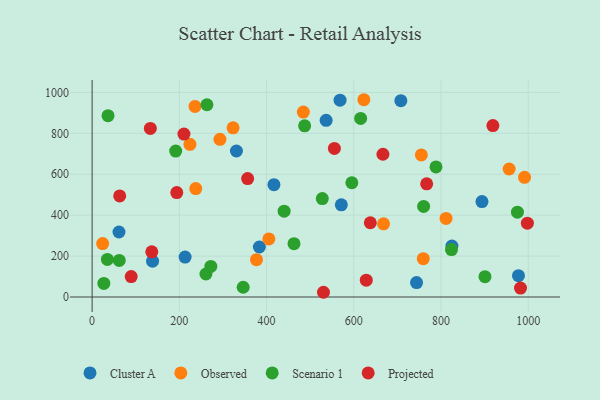
{"axis": {"x": "Ad Spend", "y": "Fuel Efficiency"}, "legend": ["Cluster A", "Observed", "Projected", "Scenario 1"], "data": [{"x": "977.6", "y": 104.4, "type": "Cluster A"}, {"x": "825.0", "y": 248.9, "type": "Cluster A"}, {"x": "138.6", "y": 174.9, "type": "Cluster A"}, {"x": "213.2", "y": 195.2, "type": "Cluster A"}, {"x": "383.5", "y": 244.5, "type": "Cluster A"}, {"x": "568.5", "y": 962.0, "type": "Cluster A"}, {"x": "330.9", "y": 713.6, "type": "Cluster A"}, {"x": "893.9", "y": 466.4, "type": "Cluster A"}, {"x": "707.9", "y": 959.4, "type": "Cluster A"}, {"x": "416.9", "y": 549.1, "type": "Cluster A"}, {"x": "743.9", "y": 70.7, "type": "Cluster A"}, {"x": "61.6", "y": 317.7, "type": "Cluster A"}, {"x": "536.6", "y": 863.3, "type": "Cluster A"}, {"x": "571.4", "y": 450.4, "type": "Cluster A"}, {"x": "224.3", "y": 746.0, "type": "Observed"}, {"x": "956.2", "y": 625.7, "type": "Observed"}, {"x": "991.5", "y": 584.9, "type": "Observed"}, {"x": "405.3", "y": 284.0, "type": "Observed"}, {"x": "235.9", "y": 931.4, "type": "Observed"}, {"x": "754.9", "y": 694.5, "type": "Observed"}, {"x": "237.6", "y": 529.7, "type": "Observed"}, {"x": "759.3", "y": 187.5, "type": "Observed"}, {"x": "668.2", "y": 357.6, "type": "Observed"}, {"x": "376.9", "y": 182.3, "type": "Observed"}, {"x": "811.5", "y": 384.0, "type": "Observed"}, {"x": "293.1", "y": 770.8, "type": "Observed"}, {"x": "323.2", "y": 827.1, "type": "Observed"}, {"x": "24.1", "y": 261.3, "type": "Observed"}, {"x": "623.1", "y": 964.2, "type": "Observed"}, {"x": "484.3", "y": 903.6, "type": "Observed"}, {"x": "440.3", "y": 419.3, "type": "Scenario 1"}, {"x": "760.1", "y": 442.6, "type": "Scenario 1"}, {"x": "527.8", "y": 481.3, "type": "Scenario 1"}, {"x": "261.0", "y": 112.3, "type": "Scenario 1"}, {"x": "36.5", "y": 886.2, "type": "Scenario 1"}, {"x": "487.3", "y": 836.8, "type": "Scenario 1"}, {"x": "462.9", "y": 260.6, "type": "Scenario 1"}, {"x": "346.4", "y": 47.7, "type": "Scenario 1"}, {"x": "900.8", "y": 99.5, "type": "Scenario 1"}, {"x": "26.9", "y": 66.4, "type": "Scenario 1"}, {"x": "788.5", "y": 635.7, "type": "Scenario 1"}, {"x": "35.0", "y": 183.9, "type": "Scenario 1"}, {"x": "975.2", "y": 414.6, "type": "Scenario 1"}, {"x": "263.3", "y": 939.7, "type": "Scenario 1"}, {"x": "62.2", "y": 178.9, "type": "Scenario 1"}, {"x": "615.7", "y": 873.0, "type": "Scenario 1"}, {"x": "272.2", "y": 149.4, "type": "Scenario 1"}, {"x": "595.5", "y": 558.3, "type": "Scenario 1"}, {"x": "191.6", "y": 713.3, "type": "Scenario 1"}, {"x": "824.0", "y": 231.6, "type": "Scenario 1"}, {"x": "555.5", "y": 726.2, "type": "Projected"}, {"x": "356.6", "y": 578.8, "type": "Projected"}, {"x": "136.8", "y": 220.9, "type": "Projected"}, {"x": "530.5", "y": 23.1, "type": "Projected"}, {"x": "63.2", "y": 494.0, "type": "Projected"}, {"x": "133.5", "y": 823.7, "type": "Projected"}, {"x": "998.0", "y": 361.0, "type": "Projected"}, {"x": "194.1", "y": 510.4, "type": "Projected"}, {"x": "89.6", "y": 99.7, "type": "Projected"}, {"x": "918.9", "y": 837.7, "type": "Projected"}, {"x": "666.8", "y": 697.8, "type": "Projected"}, {"x": "767.1", "y": 553.1, "type": "Projected"}, {"x": "982.3", "y": 43.8, "type": "Projected"}, {"x": "637.9", "y": 362.9, "type": "Projected"}, {"x": "628.6", "y": 82.4, "type": "Projected"}, {"x": "210.6", "y": 796.1, "type": "Projected"}]}